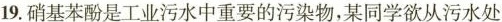
19.硝基苯酚是工业污水中重要的污染物，某同学欲从污水处